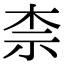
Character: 柰